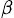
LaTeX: _{\beta}